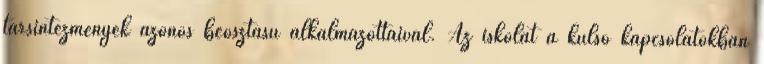
társintézmények azonos beosztású alkalmazottaival. Az iskolát a külső kapcsolatokban